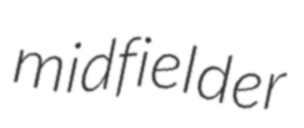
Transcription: midfielder